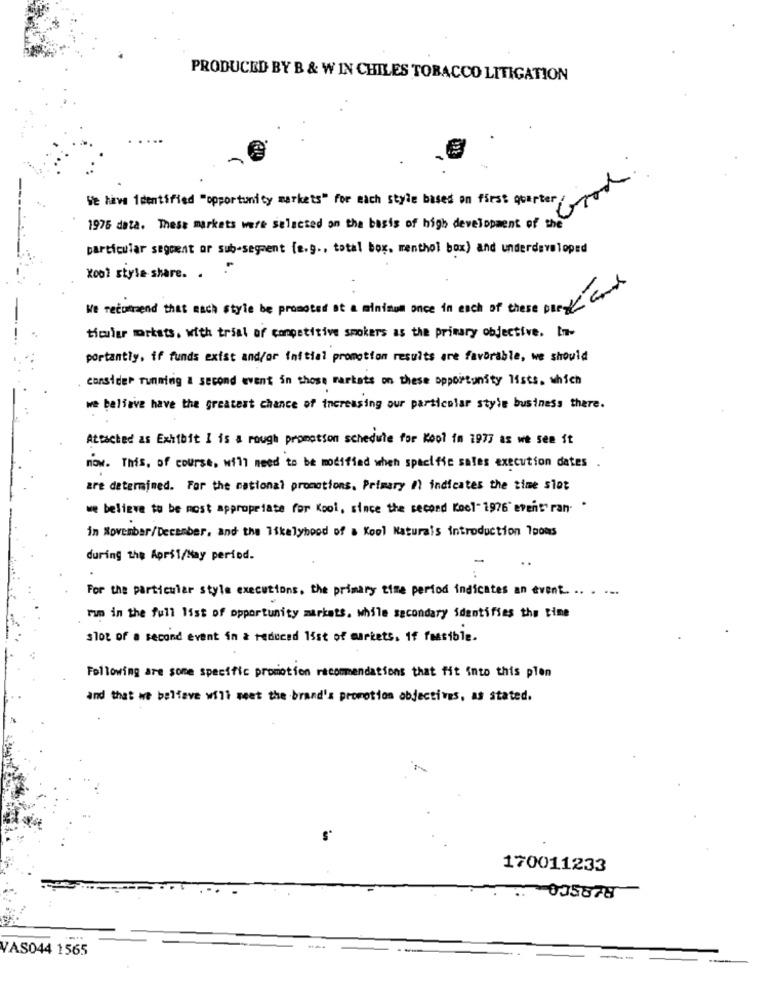
PRODUCED BY B & W IN CHILES TOBACCO LITIGATION
We have identified "opportunity markets" for each style based on first quarter
1976 data. These markets were selected on the basis of high development of the
particular segment or sub-segment [e.g ., total box. menthol box) and underdeveloped
Xool style share ..
We recommend that each style be promoted at a minimum once in each of these one Gr
ticular mortsts. with trial of competitive smokers as the primary objective. Im-
portantly, if funds exist and/or initial promotion results are favorable, we should
consider running a second event in those markets on these opportunity lists, which
we believe have the greatest chance of increasing our particolar style business there.
Attached as Exhibit I is a rough promotion schedule for Kool im 1977 as we see it
now. This, of course, will need to be modified when spacific sales execution dates
are determined. For the national promotions. Primary #) indicates the time slot
we believe to be most appropriate for Kool, since the second Koel-1976" event" ran. .
in November/December, and the likelyhood of . Kool Naturais introduction 1pons
during the April/Hay period.
For the particular style executions, the primary time period indicates an event. .. .
run in the full 15st of opportunity markets. while secondary identifies the time
slot of a second event in a reduced list of markets, if fusible.
Following are some specific promotion recommendations that fit into this plen
and that we believe will meet the brand's promotion objectives, as stated.
170011233
005878
VAS044 1565